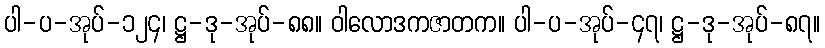
ပါ-ပ-အုပ်-၁၂၄၊ ဋ္ဌ-ဒု-အုပ်-၈၈။ ဝါလောဒကဇာတက။ ပါ-ပ-အုပ်-၄၇၊ ဋ္ဌ-ဒု-အုပ်-၈၇။